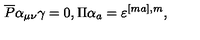
\overline { { P } } \alpha _ { \mu \nu } \gamma = 0 , \Pi \alpha _ { a } = \varepsilon ^ { [ m a ] , m } ,